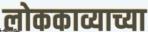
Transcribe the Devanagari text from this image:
लोककाव्याच्या